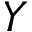
Y